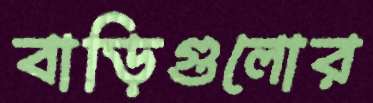
বাড়িগুলোর